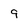
Character: 9